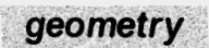
geometry